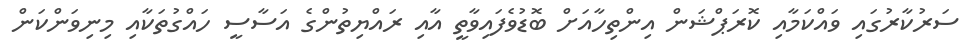
ސަރުކާރުގައި ވައްކަމާއި ކޮރަޕްޝަން އިންތިހާއަށް ބޮޑުވެފައިވާތީ އާއި ރައްޔިތުންގެ އަސާސީ ހައްގުތަކާއި މިނިވަންކަން